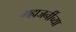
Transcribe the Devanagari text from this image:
महाजनींच्या